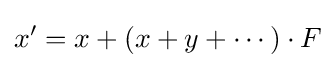
x'=x+(x+y+\cdots )\cdot F